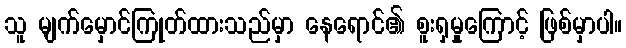
သူ မျက်မှောင်ကြုတ်ထားသည်မှာ နေရောင်၏ စူးရှမှုကြောင့် ဖြစ်မှာပါ။